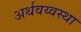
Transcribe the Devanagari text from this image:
अर्थवय्वस्था